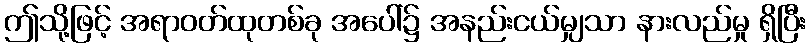
ဤသို့ဖြင့် အရာဝတ်ထုတစ်ခု အပေါ်၌ အနည်းငယ်မျှသာ နားလည်မှု ရှိပြီး